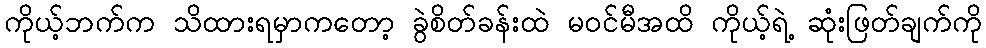
ကိုယ့်ဘက်က သိထားရမှာကတော့ ခွဲစိတ်ခန်းထဲ မဝင်မီအထိ ကိုယ့်ရဲ့ ဆုံးဖြတ်ချက်ကို